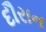
દૌરાન